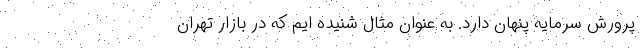
پرورش سرمایه پنهان دارد. به عنوان مثال شنیده ایم که در بازار تهران